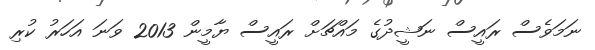
ނަމަވެސް ރައީސް ނަޝީދުގެ މައްޗަށް ރައީސް ޔާމީން 2013 ވަނަ އަހަރު ކުރި